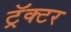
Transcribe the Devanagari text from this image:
ट्रॅक्‍टर